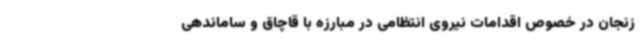
زنجان در خصوص اقدامات نیروی انتظامی در مبارزه با قاچاق و ساماندهی